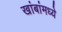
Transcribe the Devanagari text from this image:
खांबांमध्ये